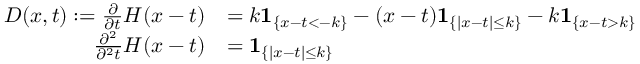
\begin{array} { r l } { D ( x , t ) : = \frac { \partial } { \partial t } H ( x - t ) } & { = k \mathbf { 1 } _ { \{ x - t < - k \} } - ( x - t ) \mathbf { 1 } _ { \{ \vert x - t \vert \leq k \} } - k \mathbf { 1 } _ { \{ x - t > k \} } } \\ { \frac { \partial ^ { 2 } } { \partial ^ { 2 } t } H ( x - t ) } & { = \mathbf { 1 } _ { \{ \vert x - t \vert \leq k \} } } \end{array}